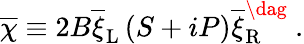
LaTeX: \overline{{{\chi}}}\equiv 2B\overline{{{\xi}}}_{\mathrm{L}}\left(S+iP\right)\overline{{{\xi}}}_{\mathrm{R}}^{\dag}\ .